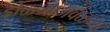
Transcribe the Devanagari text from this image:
डोळ्याजवळच्या